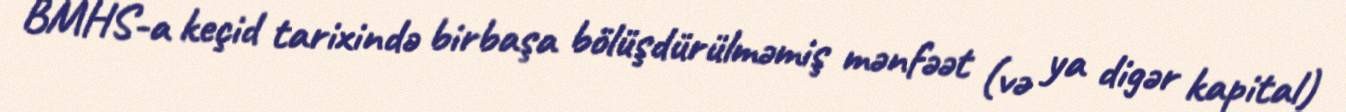
BMHS-a keçid tarixində birbaşa bölüşdürülməmiş mənfəət (və ya digər kapital)